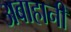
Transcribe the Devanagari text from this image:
अबाहानी